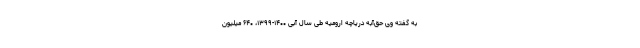
به گفته وی حق‌آبه دریاچه ارومیه طی سال آبی ۱۴۰۰-۱۳۹۹، ۶۴۰ میلیون